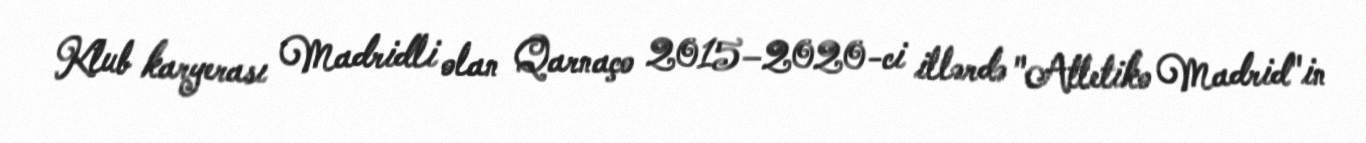
Klub karyerası Madridli olan Qarnaço 2015–2020-ci illərdə "Atletiko Madrid"in